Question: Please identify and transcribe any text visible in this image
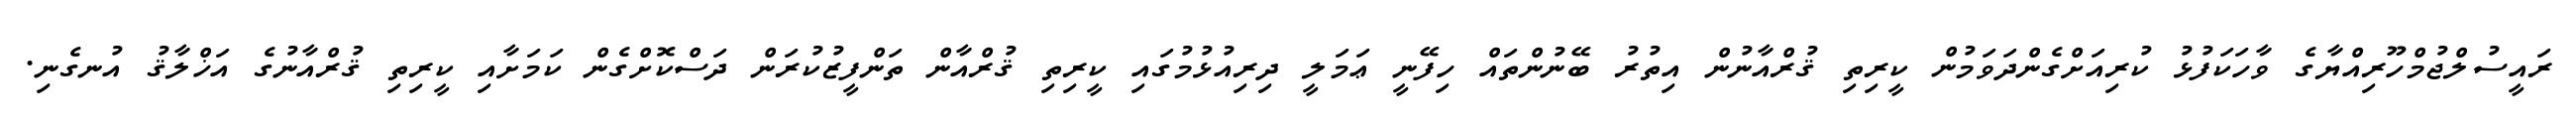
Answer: ރައީސުލްޖުމްހޫރިއްޔާގެ ވާހަކަފުޅު ކުރިއަށްގެންދަވަމުން ކީރިތި ޤުރްއާނުން އިތުރު ބޭނުންތައް ހިފޭނީ ޢަމަލީ ދިރިއުޅުމުގައި ކީރިތި ޤުރްއާން ތަންފީޒުކުރަން ދަސްކޮށްގެން ކަމަށާއި ކީރިތި ޤުރްއާނުގެ އަޚްލާޤު އުނގެނި.